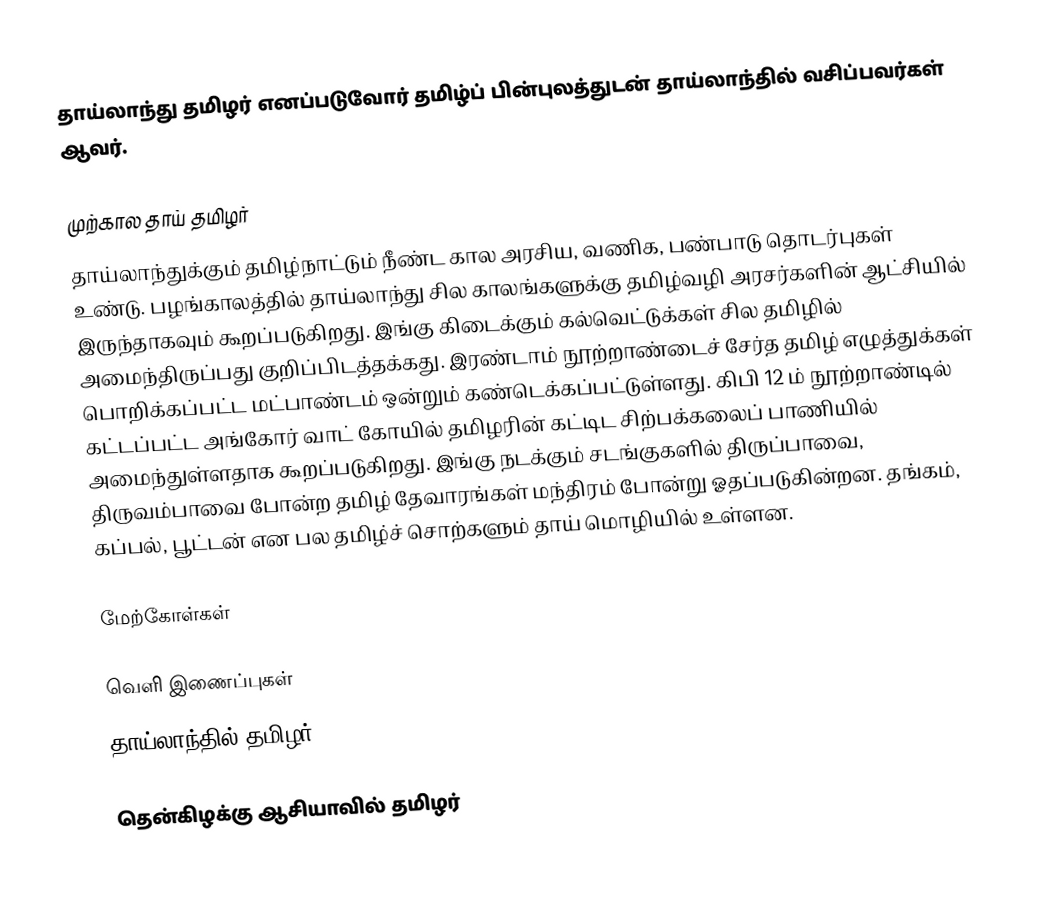
தாய்லாந்து தமிழர் எனப்படுவோர் தமிழ்ப் பின்புலத்துடன் தாய்லாந்தில் வசிப்பவர்கள் ஆவர்.

முற்கால தாய் தமிழர்
தாய்லாந்துக்கும் தமிழ்நாட்டும் நீண்ட கால அரசிய, வணிக, பண்பாடு தொடர்புகள் உண்டு. பழங்காலத்தில் தாய்லாந்து சில காலங்களுக்கு தமிழ்வழி அரசர்களின் ஆட்சியில் இருந்தாகவும் கூறப்படுகிறது.  இங்கு கிடைக்கும் கல்வெட்டுக்கள் சில தமிழில் அமைந்திருப்பது குறிப்பிடத்தக்கது.  இரண்டாம் நூற்றாண்டைச் சேர்த தமிழ் எழுத்துக்கள் பொறிக்கப்பட்ட மட்பாண்டம் ஒன்றும் கண்டெக்கப்பட்டுள்ளது.  கிபி 12 ம் நூற்றாண்டில் கட்டப்பட்ட அங்கோர் வாட் கோயில் தமிழரின் கட்டிட சிற்பக்கலைப் பாணியில் அமைந்துள்ளதாக கூறப்படுகிறது.  இங்கு நடக்கும் சடங்குகளில் திருப்பாவை, திருவம்பாவை போன்ற தமிழ் தேவாரங்கள் மந்திரம் போன்று ஓதப்படுகின்றன.  தங்கம், கப்பல், பூட்டன் என பல தமிழ்ச் சொற்களும் தாய் மொழியில் உள்ளன.

மேற்கோள்கள்

வெளி இணைப்புகள்
 தாய்லாந்தில் தமிழர்

தென்கிழக்கு ஆசியாவில் தமிழர்